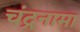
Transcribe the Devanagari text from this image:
चंद्रनामा